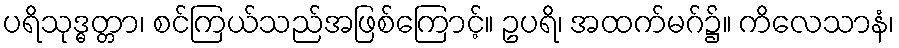
ပရိသုဒ္ဓတ္တာ၊ စင်ကြယ်သည်အဖြစ်ကြောင့်။ ဥပရိ၊ အထက်မဂ်၌။ ကိလေသာနံ၊